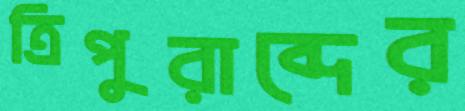
ত্রিপুরাব্দের